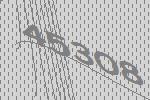
45308